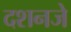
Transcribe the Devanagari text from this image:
दशनजे